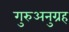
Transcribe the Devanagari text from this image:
गुरुअनुग्रह